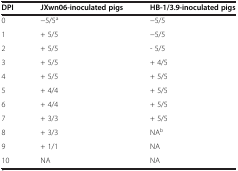
<table><thead><tr><td><b>DPI</b></td><td><b>JXwn06-inoculated pigs</b></td><td><b>HB-1/3.9-inoculated pigs</b></td></tr></thead><tbody><tr><td>0</td><td>−5/5<sup>a</sup></td><td>−5/5</td></tr><tr><td>1</td><td>+ 5/5</td><td>−5/5</td></tr><tr><td>2</td><td>+ 5/5</td><td>- 5/5</td></tr><tr><td>3</td><td>+ 5/5</td><td>+ 4/5</td></tr><tr><td>4</td><td>+ 5/5</td><td>+ 5/5</td></tr><tr><td>5</td><td>+ 4/4</td><td>+ 5/5</td></tr><tr><td>6</td><td>+ 4/4</td><td>+ 5/5</td></tr><tr><td>7</td><td>+ 3/3</td><td>+ 5/5</td></tr><tr><td>8</td><td>+ 3/3</td><td>NA<sup>b</sup></td></tr><tr><td>9</td><td>+ 1/1</td><td>NA</td></tr><tr><td>10</td><td>NA</td><td>NA</td></tr></tbody></table>